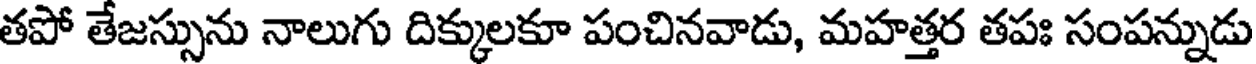
తపో తేజస్సును నాలుగు దిక్కులకూ పంచినవాడు, మహత్తర తపః సంపన్నుడు